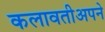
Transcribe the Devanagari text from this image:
कलावतीअपने